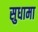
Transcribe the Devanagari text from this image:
सुधामा